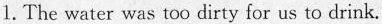
1.The water was too dirty for us to drink.